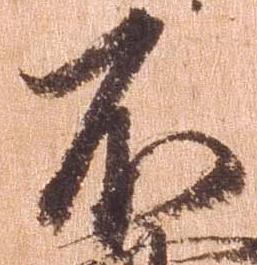
不